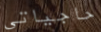
حاجياتي